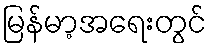
မြန်မာ့အရေးတွင်